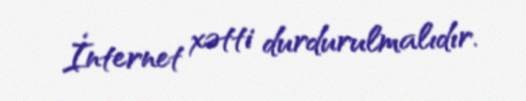
İnternet xətti durdurulmalıdır.